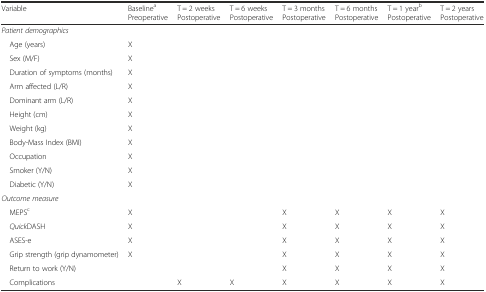
<table><thead><tr><td><b>Variable</b></td><td><b>Baseline<sup>a</sup>Preoperative</b></td><td><b>T = 2 weeks Postoperative</b></td><td><b>T = 6 weeks Postoperative</b></td><td><b>T = 3 months Postoperative</b></td><td><b>T = 6 months Postoperative</b></td><td><b>T = 1 year<sup>b</sup>Postoperative</b></td><td><b>T = 2 years Postoperative</b></td></tr></thead><tbody><tr><td colspan="8"><i>Patient demographics</i></td></tr><tr><td> Age (years)</td><td>X</td><td></td><td></td><td></td><td></td><td></td><td></td></tr><tr><td> Sex (M/F)</td><td>X</td><td></td><td></td><td></td><td></td><td></td><td></td></tr><tr><td> Duration of symptoms (months)</td><td>X</td><td></td><td></td><td></td><td></td><td></td><td></td></tr><tr><td> Arm affected (L/R)</td><td>X</td><td></td><td></td><td></td><td></td><td></td><td></td></tr><tr><td> Dominant arm (L/R)</td><td>X</td><td></td><td></td><td></td><td></td><td></td><td></td></tr><tr><td> Height (cm)</td><td>X</td><td></td><td></td><td></td><td></td><td></td><td></td></tr><tr><td> Weight (kg)</td><td>X</td><td></td><td></td><td></td><td></td><td></td><td></td></tr><tr><td> Body-Mass Index (BMI)</td><td>X</td><td></td><td></td><td></td><td></td><td></td><td></td></tr><tr><td> Occupation</td><td>X</td><td></td><td></td><td></td><td></td><td></td><td></td></tr><tr><td> Smoker (Y/N)</td><td>X</td><td></td><td></td><td></td><td></td><td></td><td></td></tr><tr><td> Diabetic (Y/N)</td><td>X</td><td></td><td></td><td></td><td></td><td></td><td></td></tr><tr><td colspan="8"><i>Outcome measure</i></td></tr><tr><td> MEPS<sup>c</sup></td><td>X</td><td></td><td></td><td>X</td><td>X</td><td>X</td><td>X</td></tr><tr><td> <i>Quick</i>DASH</td><td>X</td><td></td><td></td><td>X</td><td>X</td><td>X</td><td>X</td></tr><tr><td> ASES-e</td><td>X</td><td></td><td></td><td>X</td><td>X</td><td>X</td><td>X</td></tr><tr><td> Grip strength (grip dynamometer)</td><td>X</td><td></td><td></td><td>X</td><td>X</td><td>X</td><td>X</td></tr><tr><td> Return to work (Y/N)</td><td></td><td></td><td></td><td>X</td><td>X</td><td>X</td><td>X</td></tr><tr><td> Complications</td><td></td><td>X</td><td>X</td><td>X</td><td>X</td><td>X</td><td>X</td></tr></tbody></table>